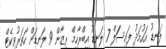
ލަނޑު އަހުމަދު ފައިސަަލް 7 ލަނޑު އިބްރާހިމް ރިޒާން 9 ލަނޑަށް ހަތަރުވިކެޓް